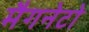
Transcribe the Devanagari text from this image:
मैगनेटो